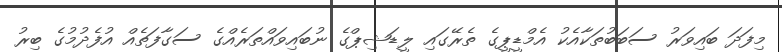
މިފަދަ ބައިވަރު ސަބަބުތަކާއެކު އެމްޑީޕީގެ ތެރޭގައި ލީޑަޝިޕްގެ ނުބައިވައްތަރެއްގެ ސަގާފަތެއް އުފެދުމުގެ ބިރު